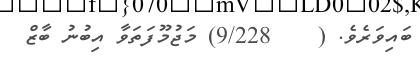
ބައިވަރެވެ. (    9/228) މަޖުމޫފަތަވާ އިބުނު ބާޒް